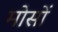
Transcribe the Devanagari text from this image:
मोसों